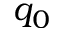
q _ { 0 }